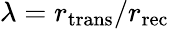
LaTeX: \lambda=r_{\mathrm{trans}}/r_{\mathrm{rec}}